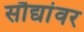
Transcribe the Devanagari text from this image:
सौद्यांवर